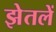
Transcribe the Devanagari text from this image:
झेतलें